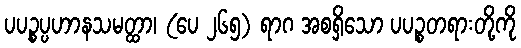
ပပဉ္စပ္ပဟာနသမတ္ထာ၊ (ပေ ၂၆၅) ရာဂ အစရှိသော ပပဉ္စတရားတို့ကို